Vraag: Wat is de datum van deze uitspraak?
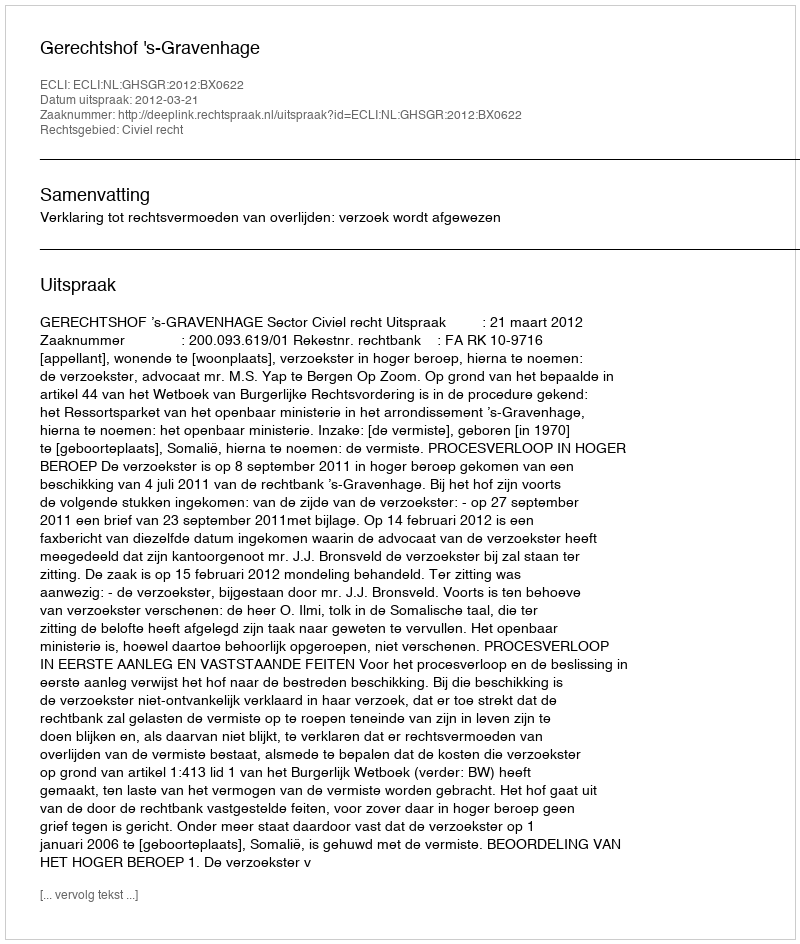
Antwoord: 2012-03-21